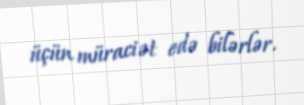
üçün müraciət edə bilərlər.